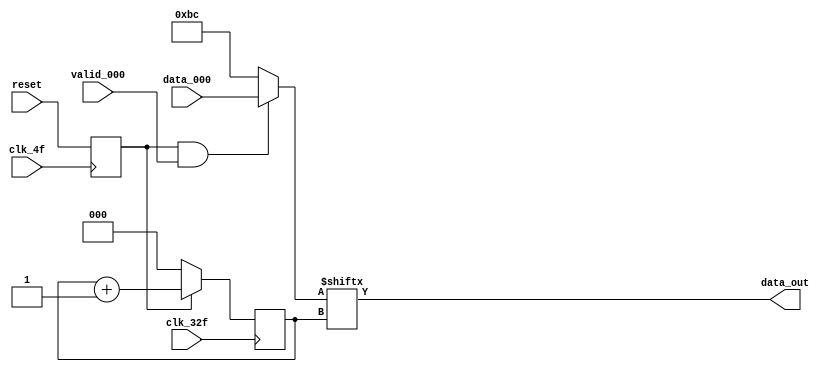
module paralelo_serial1( output reg data_out,
			 input wire [7:0] data_000,
			 input wire 	  clk_32f, clk_4f,
			 input wire 	  valid_000, reset );

   reg [7:0] 				  data2send;
   reg [2:0] 				  counter;
   reg 					  reset_s;
   
   always @( posedge clk_4f ) begin
      reset_s <= reset;
   end
   
   always @( posedge clk_32f ) begin
      if( reset_s ) begin
	 counter = counter + 1'b1;
      end
      else begin
	counter = 1'b0;
      end
   end

   always @( * ) begin
      if( reset_s && valid_000 ) begin
	 data2send = data_000;
      end
      else begin
	data2send = 8'hbc;
      end
   end   

   always @( * ) begin
      data_out = data2send[counter];
   end
      
endmodule // paralelo_serial1